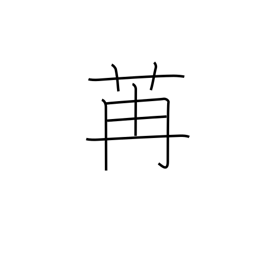
Meaning: luxuriant